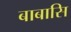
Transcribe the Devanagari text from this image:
बाबासि